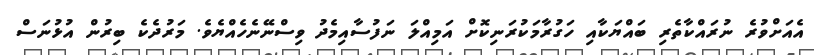
އެއަށްވުރެ ނުރައްކާތެރި ބައްޔަކާއި ހަގުރާމަކުރަނިކޮށް އަމިއްލަ ނަފުސާއިމެދު ވިސްނޭނެހެއްޔެވެ. މަރުދެކެ ބިރުން އުޅުނަސް